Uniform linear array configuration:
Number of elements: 32
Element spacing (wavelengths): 1
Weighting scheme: hann
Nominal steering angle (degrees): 15
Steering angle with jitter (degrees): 13.518
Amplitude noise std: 0.05
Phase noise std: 0.05

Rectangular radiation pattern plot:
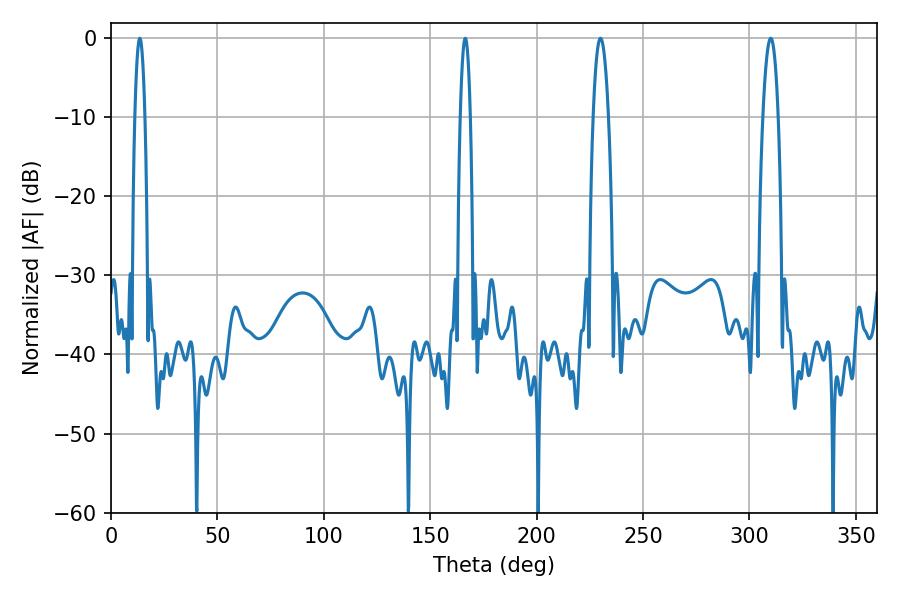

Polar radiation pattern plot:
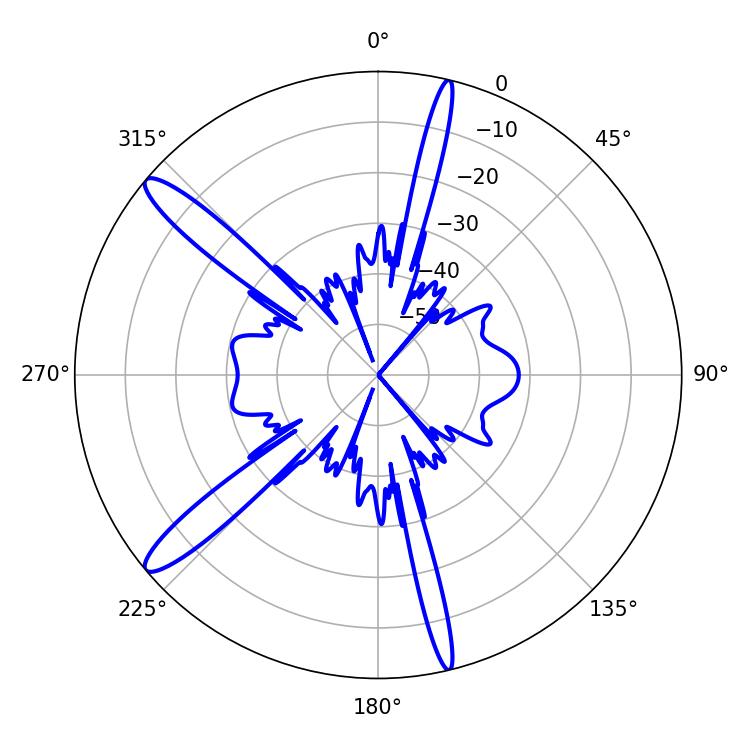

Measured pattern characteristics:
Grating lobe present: TRUE
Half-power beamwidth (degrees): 3.96
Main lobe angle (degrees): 230.04